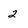
Character: 2